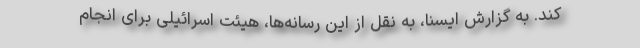
کند. به گزارش ایسنا، به نقل از این رسانه‌ها، هیئت اسرائیلی برای انجام